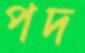
পদ